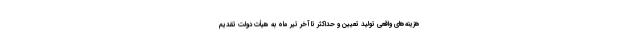
هزینه‌های واقعی تولید تعیین و حداکثر تا آخر تیر ماه به هیأت دولت تقدیم